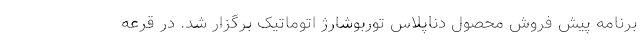
برنامه پیش فروش محصول دناپلاس توربوشارژ اتوماتیک برگزار شد. در قرعه